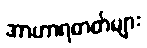
အာဟာရဓာတ်များ